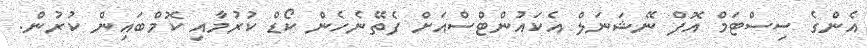
އެންގެ ސިސްޓަމް އޮފް ނޭޝަނަލް އެކައުންޓްސްއަށް ފެތޭނެހެން ކޯޑް ކުރުމާއި ކޮމްބައިން ކުރުން.